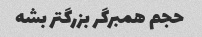
حجم همبرگر بزرگتر بشه